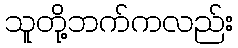
သူတို့ဘက်ကလည်း